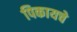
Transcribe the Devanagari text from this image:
पिकायचे